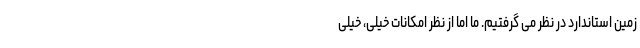
زمین استاندارد در نظر می گرفتیم. ما اما از نظر امکانات خیلی، خیلی